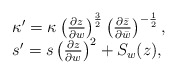
\begin{align*}\begin{array}{ll}\kappa' = \kappa \left( \frac{\partial z}{\partial w} \right)^{\frac{3}{2}} \left( \frac{\partial \bar{z} }{\partial \bar{w} } \right)^{-\frac{1}{2}},\\s' = s \left( \frac{\partial z}{\partial w} \right)^2 + S_w(z),\end{array}\end{align*}